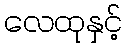
လေထုနှင့်